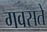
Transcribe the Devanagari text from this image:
गवसते